Indian journal of veterinary science and animal husbandry - Volumes 15-17, 1948-1951
Year: 1948
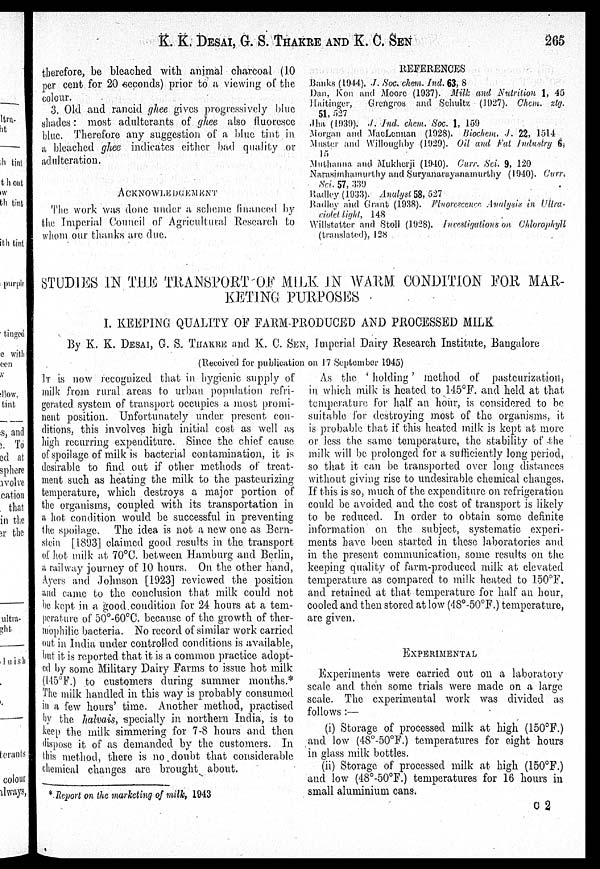
K. K. DESAI, G. S. THAKRE AND K. C.
SEN
265
therefore, be bleached with animal charcoal (10
per cent for 20 seconds) prior to a viewing of the
colour.
3. Old and rancid ghee gives progressively blue
shades: most adulterants of ghee also fluoresce
blue. Therefore any suggestion of a blue tint in.
a bleached ghee indicates either bad quality or
adulteration.
ACKNOWLEDGEMENT
The work was done under a scheme financed by
the Imperial Council of Agricultural "Research to
whom our thanks are due.
REFERENCES
Banks (1944). J. Soc. chem. Ind. 63, 8
Dan, Kon and Moore (1937). Milk and Nutrition 1, 45
Haitinger, Grengros and Schultz (1927). Chem. ztg.
51, 527
Jha (1939). J. Ind. chem. Soc. 1, 159
Morgan and MacLennan (1928). Biochem. J. 22, 1514
Muster and Willoughby (1929). Oil and Fat Industry 6,
15
Muthanna and Mukherji (1940). Curr: Sci. 9, 120
Narasimhamurthy and Suryanarayanamurthy (1940). Curr,
Sci. 57, 339
Radley (1933). Analyst 58, 527
Radley and Grant (1938). Fluorescence Analysis in Ultra-
violet light, 148
Willstatter and Stoll (1928). Investigations on Chlorophyll
(translated), 128
STUDIES IN THE TRANSPORT OF MILK IN WARM CONDITION FOR MAR-
KETING PURPOSES
I. KEEPING QUALITY OF FARM-PRODUCED AND PROCESSED MILK
By K. K. DESAI, G. S. THAKRE AND K. C. SEN. Imperial Dairy Research Institute, Bangalore
(Received for publication on 17 September 1945)
IT is now recognized that in hygienic supply of
milk from rural areas to urban population refri-
gerated system of transport occupies a most promi-
nent position. Unfortunately under present con-
ditions, this involves high initial cost as well as
high recurring expenditure. Since the chief cause
of spoilage of milk is bacterial contamination, it is
desirable to find out if other methods of treat-
ment such as heating the milk to the pasteurizing
temperature, which destroys a major portion of
the organisms, coupled with its transportation in
a hot condition would be successful in preventing
the spoilage. The idea is not a new one as Bern-
stein [1893] claimed good results in the. transport
of hot milk at 70ºC. between Hamburg and Berlin,
a railway journey of 10 hours. On the other hand,
Ayers and Johnson [1923] reviewed the position
and came to the conclusion that milk could not
be kept in a good condition for 24 hours at a tem-
perature of 50°-60°C. because of the growth of ther-
mophilic bacteria. No record of similar work carried
out in India under controlled conditions is available,
but it is reported that it is a common practice adopt-
ed by some Military Dairy Farms to issue hot milk
(145ºF.) to customers during summer months.*
The milk handled in this way is probably consumed
in a few hours' time. Another method, practised
by the halvais, specially in northern India, is to
keep the milk simmering for 7-8 hours and then
dispose it of as demanded by the customers. In
this method, there is no doubt that considerable
chemical changes are brought about.
* Report on the marketing of milk, 1943
As the. 'holding' method of pasteurization,
in which milk is heated to 145ºF. and held at that
temperature for half an hour, is considered to be
suitable for destroying most of the organisms, it
is probable that if this heated milk is kept at more
or less the same temperature, the stability of the
milk will be prolonged for a sufficiently long period,
so that it can be transported over long distances
without giving rise to undesirable chemical changes,
If this is so, much of the expenditure on refrigeration
could be avoided and the cost of transport is likely
to be reduced. In order to obtain some definite
information on the subject, systematic experi-
ments have been started in these laboratories and
in the present communication, some results on the
keeping quality of farm-produced milk at elevated
temperature as compared to milk heated to 150ºF.
and retained at that temperature for half an hour,
cooled and then stored at low (48º-50ºF.) temperature,
are given.
EXPERIMENTAL
Experiments were carried out on a laboratory
scale and then some trials were made on a large
scale. The experimental work was divided as
follows :—
(i) Storage of processed milk at high (150ºF.)
and low (48º-50ºF.) temperatures for eight hours
in glass milk bottles.
(ii) Storage of processed milk at high (150°F.)
and low (48º-50ºF.) temperatures for 16 hours in
small aluminium cans.
C 2